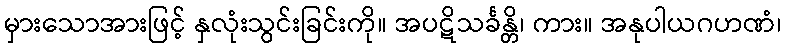
မှားသောအားဖြင့် နှလုံးသွင်းခြင်းကို။ အပဋိသင်္ခန္တိ၊ ကား။ အနုပါယဂဟဏံ၊